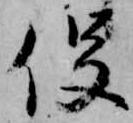
役